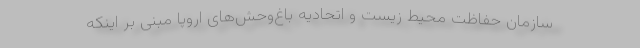
سازمان حفاظت محیط زیست و اتحادیه باغ‌وحش‌های اروپا مبنی بر اینکه